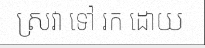
ស្រវា ទៅ រក ដោយ